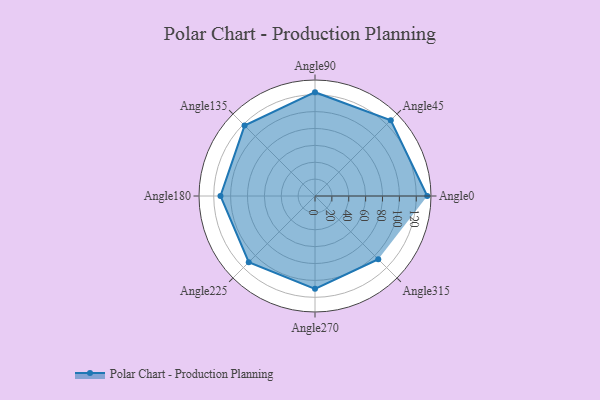
{"axis": {"x": "Angle", "y": "Radius"}, "legend": [""], "data": [{"x": "Angle0", "y": 133.0, "type": ""}, {"x": "Angle45", "y": 127.0, "type": ""}, {"x": "Angle90", "y": 123.0, "type": ""}, {"x": "Angle135", "y": 118.0, "type": ""}, {"x": "Angle180", "y": 112.0, "type": ""}, {"x": "Angle225", "y": 111.0, "type": ""}, {"x": "Angle270", "y": 110.0, "type": ""}, {"x": "Angle315", "y": 106.0, "type": ""}]}